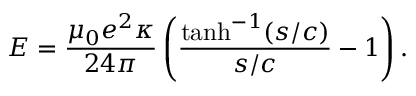
E = \frac { \mu _ { 0 } e ^ { 2 } \kappa } { 2 4 \pi } \left( \frac { \operatorname { t a n h } ^ { - 1 } ( s / c ) } { s / c } - 1 \right) .